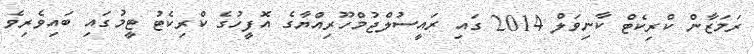
ރަމަޒާން ކްރިކެޓް ކާނިވަލް 2014 ގައި ރައީސުލްޖުމްހޫރިއްޔާގެ އޮފީހުގެ ކްރިކެޓު ޓީމުގައި ބައިވެރިވެ